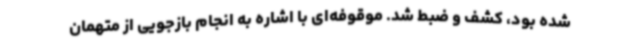
شده بود، کشف و ضبط شد. موقوفه‌ای با اشاره به انجام بازجویی از متهمان